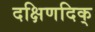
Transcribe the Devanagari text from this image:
दक्षिणदिक्